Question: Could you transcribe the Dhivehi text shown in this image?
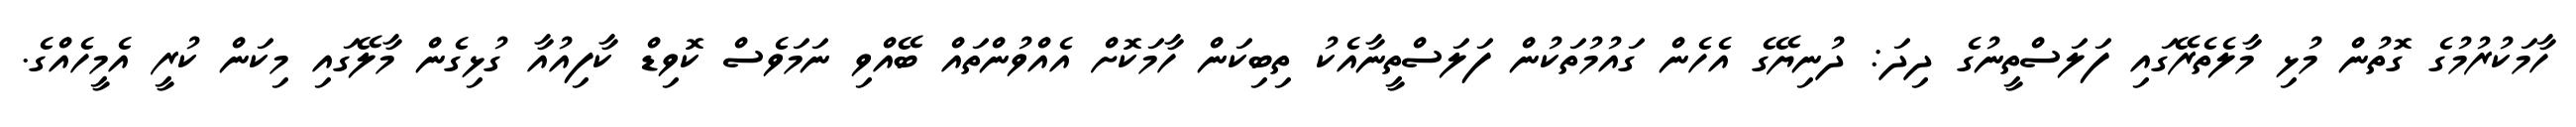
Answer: ހާމަކުރުމުގެ ގޮތުން މުޅި މާލެތެރޭގައި ފަލަސްތީނުގެ ދިދަ: ދުނިޔޭގެ އެހެން ގައުމުތަކުން ފަލަސްތީނާއެކު ތިބިކަން ހާމަކޮށް އެއްވުންތައް ބޭއްވި ނަމަވެސް ކޮވިޑް ކާފިއުއާ ގުޅިގެން މާލޭގައި މިކަން ކުރީ އެމީހެއްގެ.